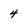
Character: 4